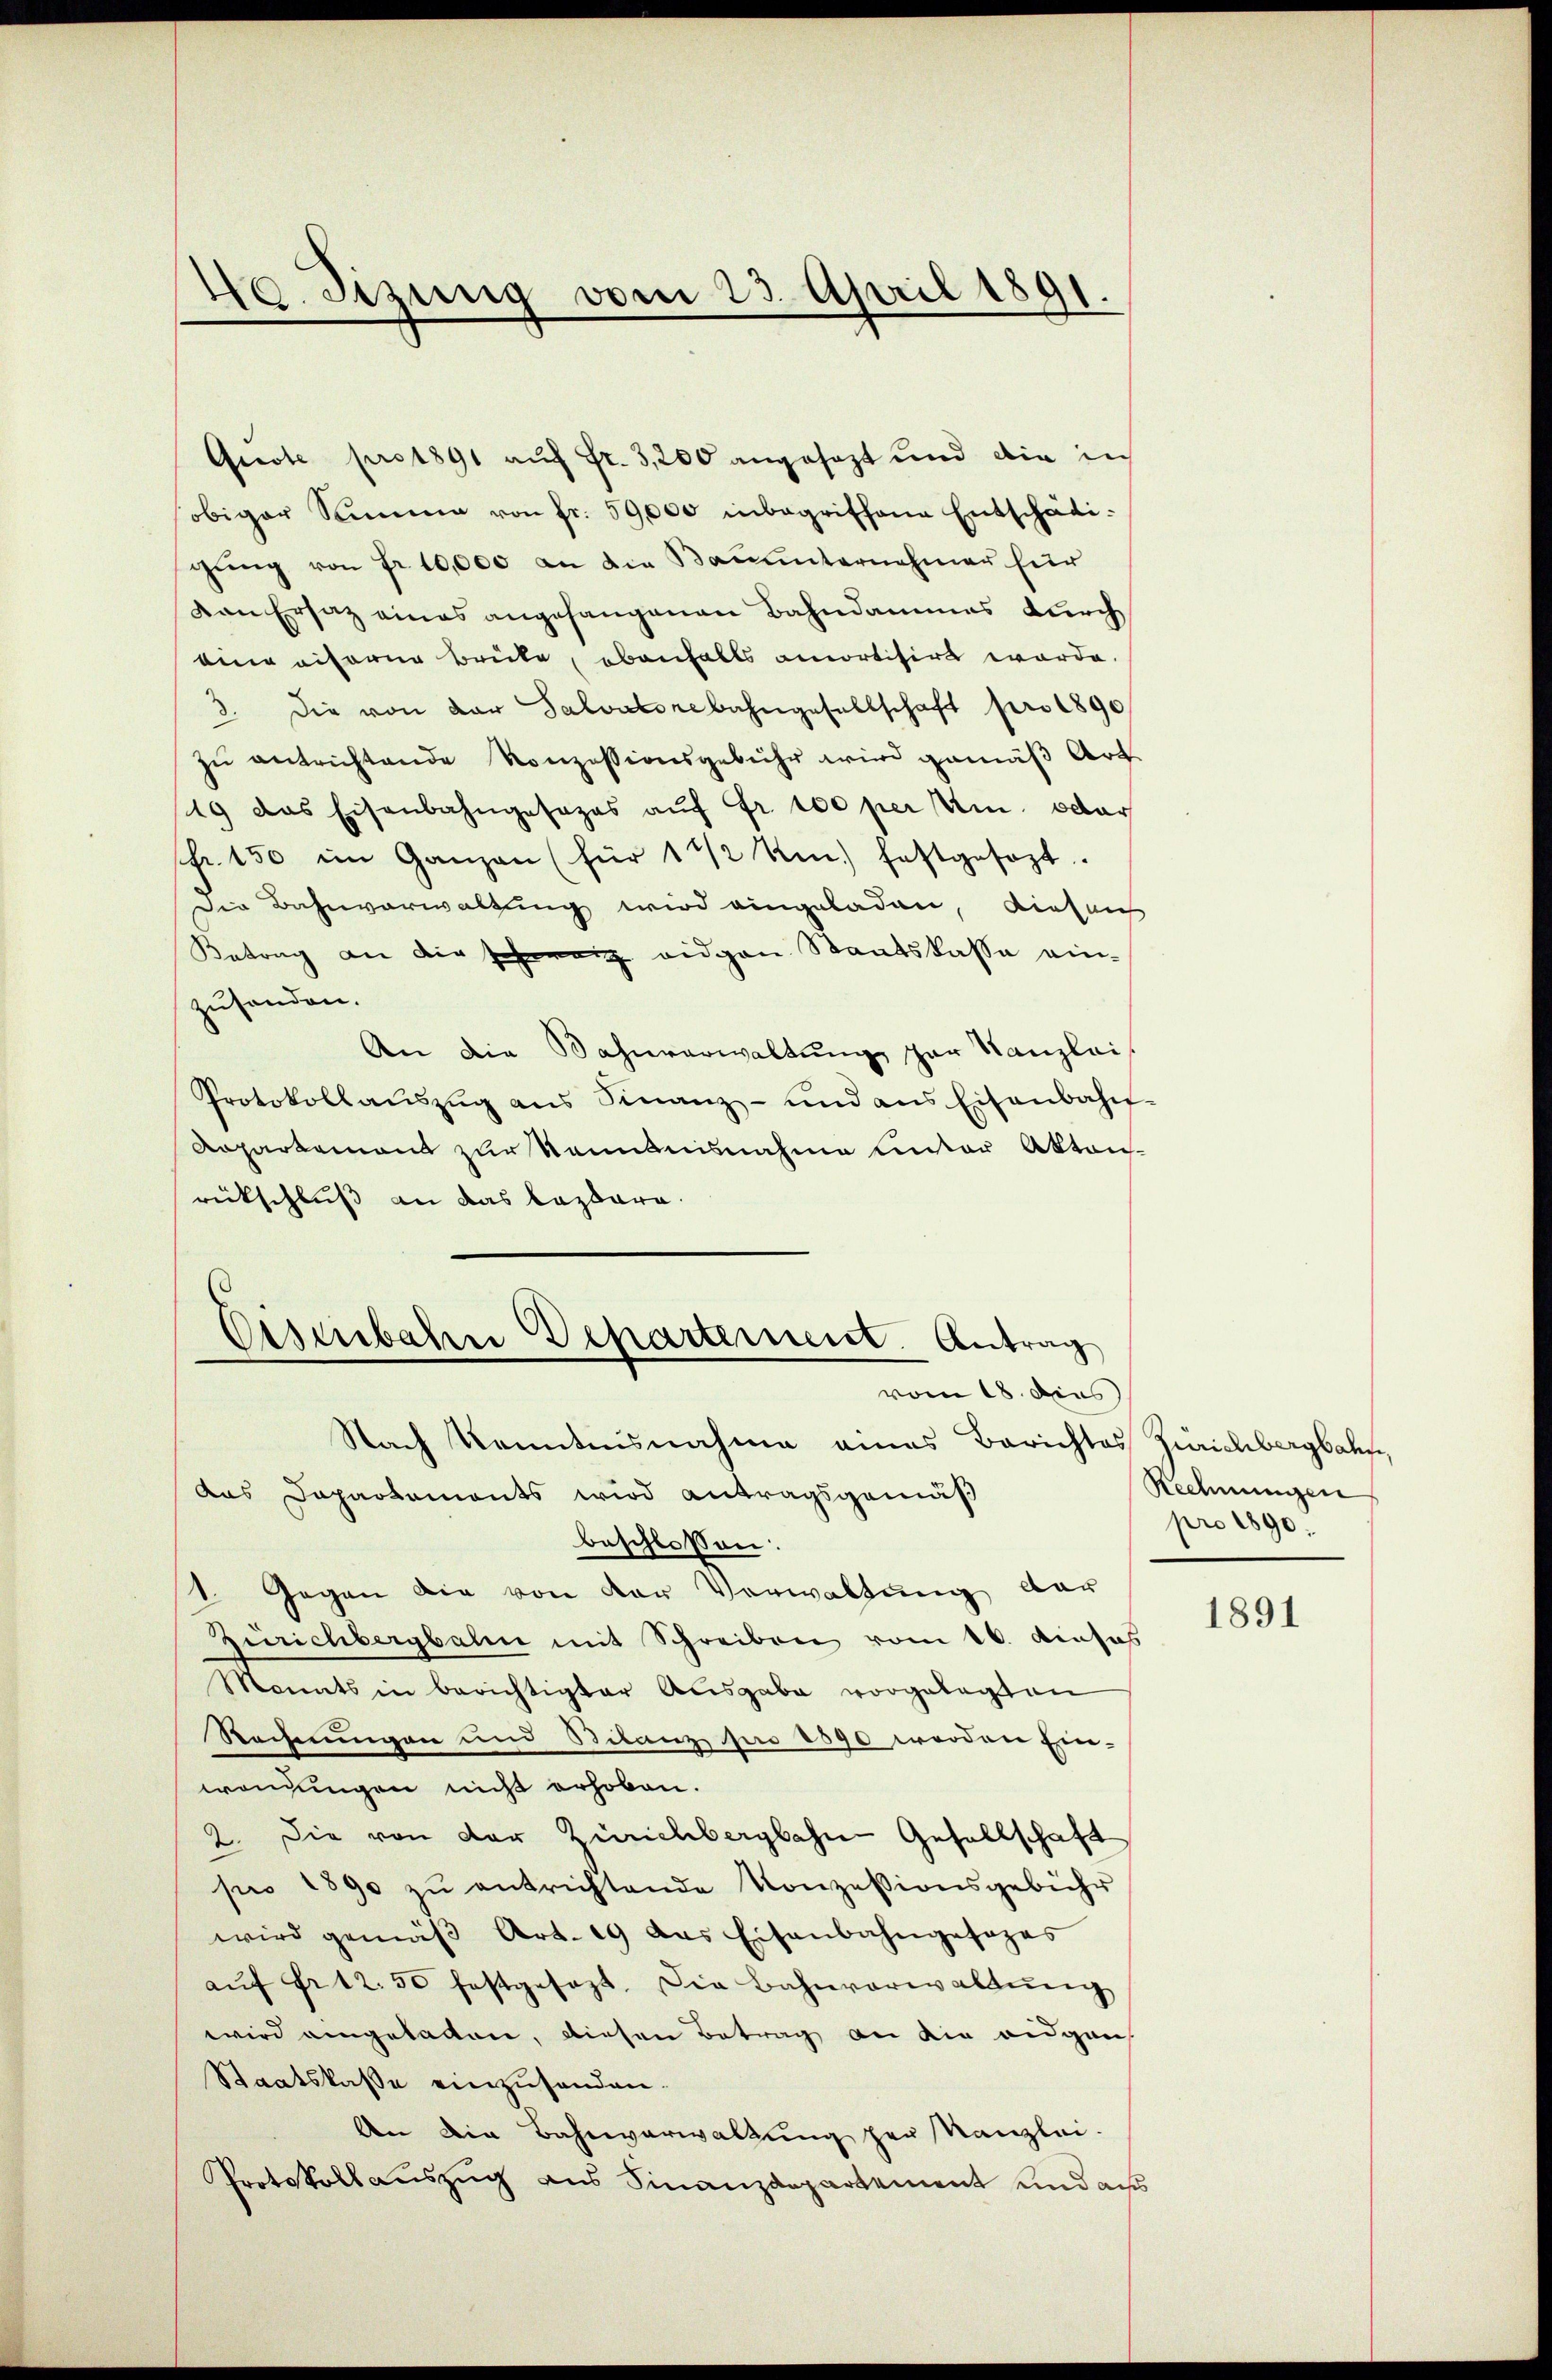
Quote pro 1891 auf Fr. 3,200 angesezt und die in
obiger Samme von fr. 59,000 inbegriffene Entschädigung von Fr. 10,000 an die Bauunternehmer für
van Ersatz eines angehangenen Bahndammes durch
eine eiferer Brücke, ebenfalls amortisirt werde.
3. die von der Salvatorebahngesellschaft pro 1890
zŭ antrichtende Konzessionsgebühr wird gemäβ Art.
19 das Eisenbahngesezes aŭf Fr. 100 per Am oder
shr. 150 im Ganzen (für 1 ½ km festgesezt.
Die Bahnverwaltung wird eingeladen, diesen
Betrag an die schwarz eidgen Staatskasse einzusanden.
An die Bahnverwaltung par Kanzlei
Protokollaŭszŭg ans Finanz- und ans Eisenbahn-
Departement zur Kenntnisnahme unter Aktenrückschluß an das Lazare.

40. Sizung vom 23. April 1891.

Eisenbahn Departement. Antrag
vom 18. dies

Nach Kenntnisnahme eines Berichtes Zürichbergbahn,
Aus Dapartements wird antragsgemäß
beschlossen:
Gegen die von der Verwaltung dar
Zürichbergbahn mit Schreiben vom 16. Ainsas
Monats in berichtigter Ausgabe vorgelegten
Rechnungen und Stilanz pro 1890 werden Ein-
wendungen nicht erhoben.
2. Die von der Zürichbergbahn Gesellschaft
pro 1890 zŭ entrichtende Konzessionsgebühr
wird gemäβ Art. 19 des Eisenbahngesages
aŭf Fr. 12. 50 festgesezt. Die Bahnverwaltŭng
wird eingeladen, diesen Betrag an die eidgen
Staatskasse einzusenden.
An die Bahnverwaltung zur Kanzlei-
Protokollauszug aus Finanzdepartement und aus

Rechnungen
pro 1890.

1891